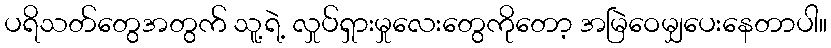
ပရိသတ်တွေအတွက် သူ့ရဲ့ လှုပ်ရှားမှုလေးတွေကိုတော့ အမြဲဝေမျှပေးနေတာပါ။